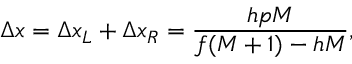
\Delta x = \Delta x _ { L } + \Delta x _ { R } = \frac { h p M } { f ( M + 1 ) - h M } ,